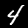
Digit: 4